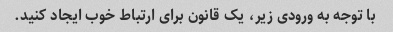
با توجه به ورودی زیر، یک قانون برای ارتباط خوب ایجاد کنید.